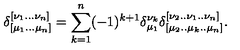
\delta _ { [ \mu _ { 1 } . . . \mu _ { n } ] } ^ { [ \nu _ { 1 } . . . \nu _ { n } ] } = \sum _ { k = 1 } ^ { n } ( - 1 ) ^ { k + 1 } \delta _ { \mu _ { 1 } } ^ { \nu _ { k } } \delta _ { [ \mu _ { 2 } . . \mu _ { k } . . \mu _ { n } ] } ^ { [ \nu _ { 2 } . . \nu _ { 1 } . . \nu _ { n } ] } .